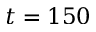
t = 1 5 0